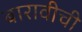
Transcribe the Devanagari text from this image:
बारावीची